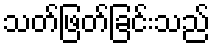
သတ်ဖြတ်ခြင်းသည်